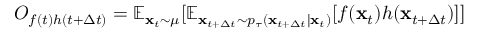
O _ { f ( t ) h ( t + \Delta t ) } = \mathbb { E } _ { \mathbf { x } _ { t } \sim \mu } [ \mathbb { E } _ { \mathbf { x } _ { t + \Delta t } \sim p _ { \tau } ( \mathbf { x } _ { t + \Delta t } \mid \mathbf { x } _ { t } ) } [ f ( \mathbf { x } _ { t } ) h ( \mathbf { x } _ { t + \Delta t } ) ] ]